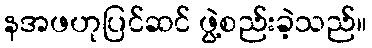
နအဖဟုပြင်ဆင် ဖွဲ့စည်းခဲ့သည်။